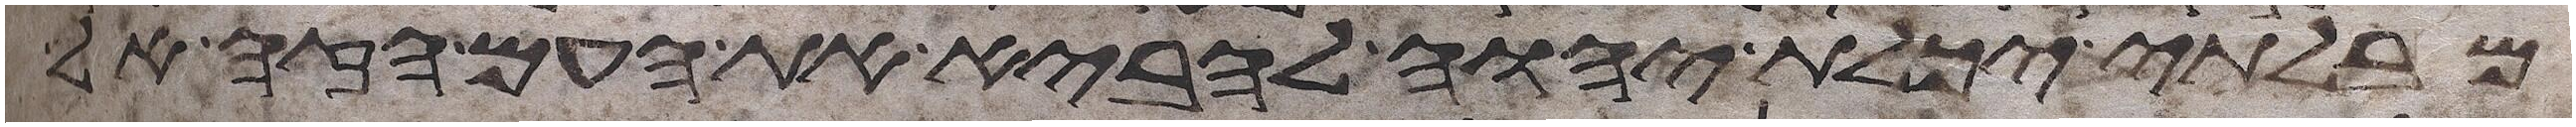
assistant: מבלתי יכלת יהוה להביא את העם הזה אל